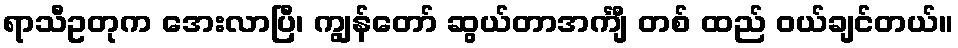
ရာသီဥတုက အေးလာပြီ၊ ကျွန်တော် ဆွယ်တာအင်္ကျီ တစ် ထည် ဝယ်ချင်တယ်။